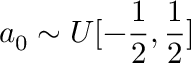
a _ { 0 } \sim U [ - \frac 1 2 , \frac 1 2 ]